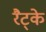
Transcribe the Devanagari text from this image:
रैट्के